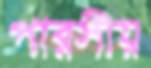
পারসীয়